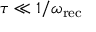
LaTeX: \tau \ll 1 / \omega _ { \mathrm { r e c } }